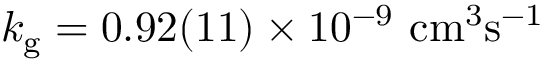
k _ { \mathrm { g } } = 0 . 9 2 ( 1 1 ) \times 1 0 ^ { - 9 } ~ \mathrm { c m ^ { 3 } s ^ { - 1 } }